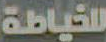
للخياطة